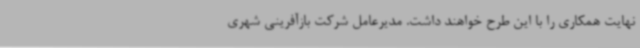
نهایت همکاری را با این طرح خواهند داشت. مدیرعامل شرکت بازآفرینی شهری